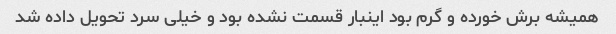
همیشه برش خورده و گرم بود اینبار قسمت نشده بود و خیلی سرد تحویل داده شد